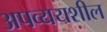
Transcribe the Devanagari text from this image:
अपव्ययशील